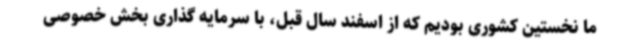
ما نخستین کشوری بودیم که از اسفند سال قبل، با سرمایه گذاری بخش خصوصی